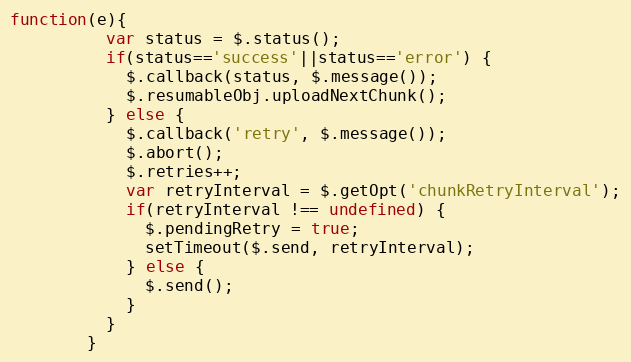
Language: JavaScript
function(e){
          var status = $.status();
          if(status=='success'||status=='error') {
            $.callback(status, $.message());
            $.resumableObj.uploadNextChunk();
          } else {
            $.callback('retry', $.message());
            $.abort();
            $.retries++;
            var retryInterval = $.getOpt('chunkRetryInterval');
            if(retryInterval !== undefined) {
              $.pendingRetry = true;
              setTimeout($.send, retryInterval);
            } else {
              $.send();
            }
          }
        }